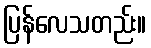
ပြန်လေသတည်း။